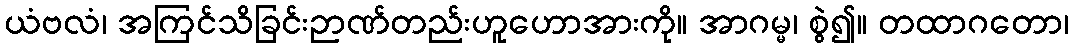
ယံဗလံ၊ အကြင်သိခြင်းဉာဏ်တည်းဟူဟောအားကို။ အာဂမ္မ၊ စွဲ၍။ တထာဂတော၊